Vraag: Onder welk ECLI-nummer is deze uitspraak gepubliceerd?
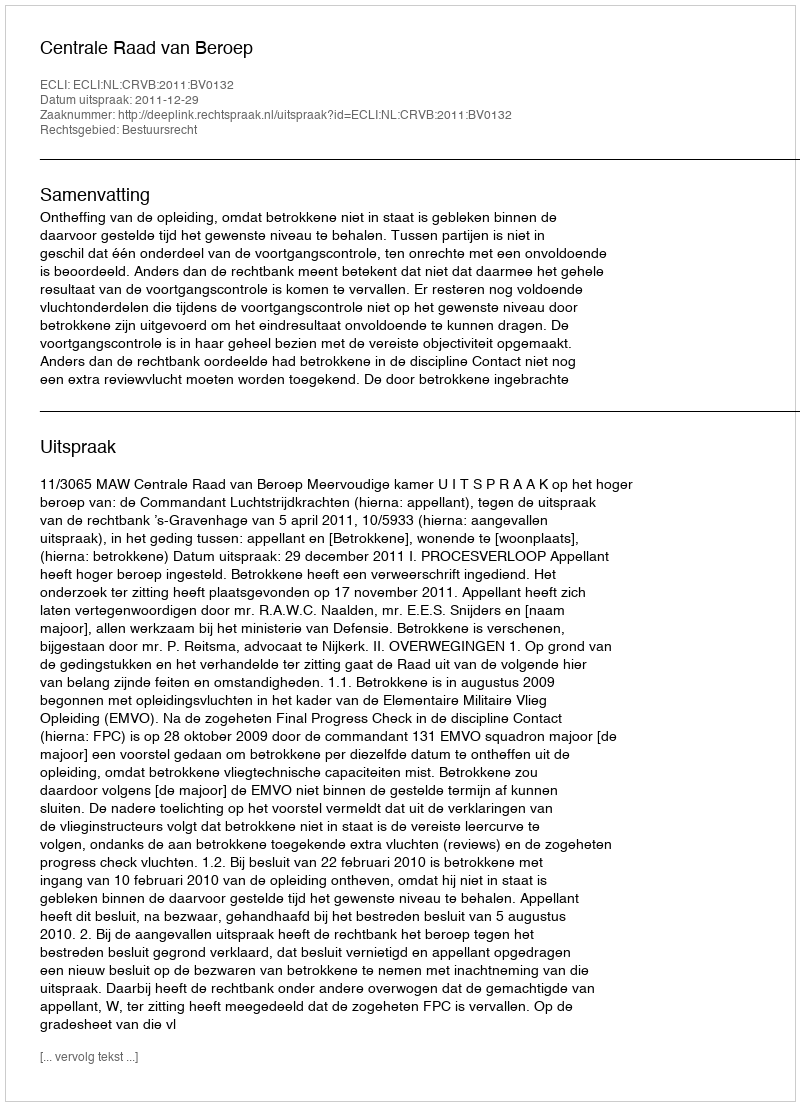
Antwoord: ECLI:NL:CRVB:2011:BV0132